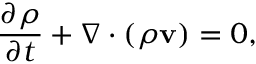
\frac { \partial \rho } { \partial t } + \nabla \cdot ( \rho \mathbf { v } ) = 0 ,